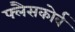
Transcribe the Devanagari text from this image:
फ्लैसकोर्व